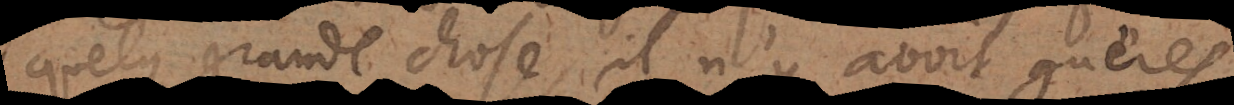
quelque grande chose, il n’y avoit guères